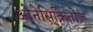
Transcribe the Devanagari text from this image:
ओनेसिक्रितोज़